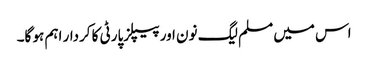
اس میں مسلم لیگ نون اور پیپلزپارٹی کا کردار اہم ہو گا۔